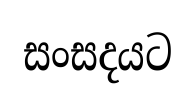
සංසදයට